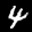
Label: 4